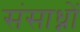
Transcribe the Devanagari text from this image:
संसाध्नों